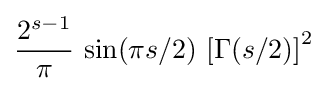
{\frac {2^{s-1}}{\pi }}\,\sin(\pi s/2)\,\left[\Gamma (s/2)\right]^{2}